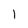
Character: l